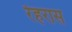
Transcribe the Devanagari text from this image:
रेहरास